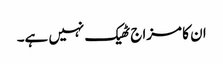
ان کا مزاج ٹھیک نہیں ہے۔